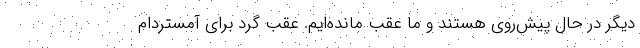
دیگر در حال پیش‌روی هستند و ما عقب مانده‌ایم. عقب گرد برای آمستردام